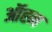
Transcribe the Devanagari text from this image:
ऑह्न